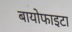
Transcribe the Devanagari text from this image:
बायोफाइटा